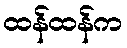
ထန်ထန်က